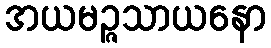
အယမဉ္ဇသာယနော